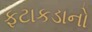
ફટાકડાનો